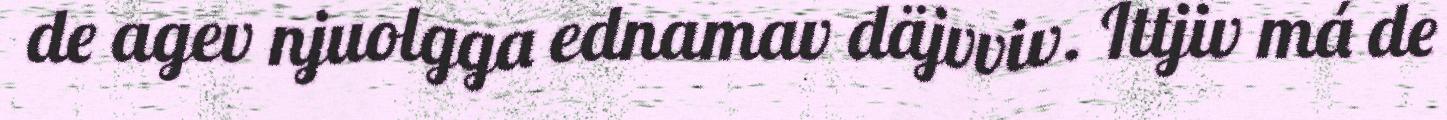
de agev njuolgga ednamav däjvviv. Ittjiv má de